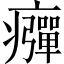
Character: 𤻾